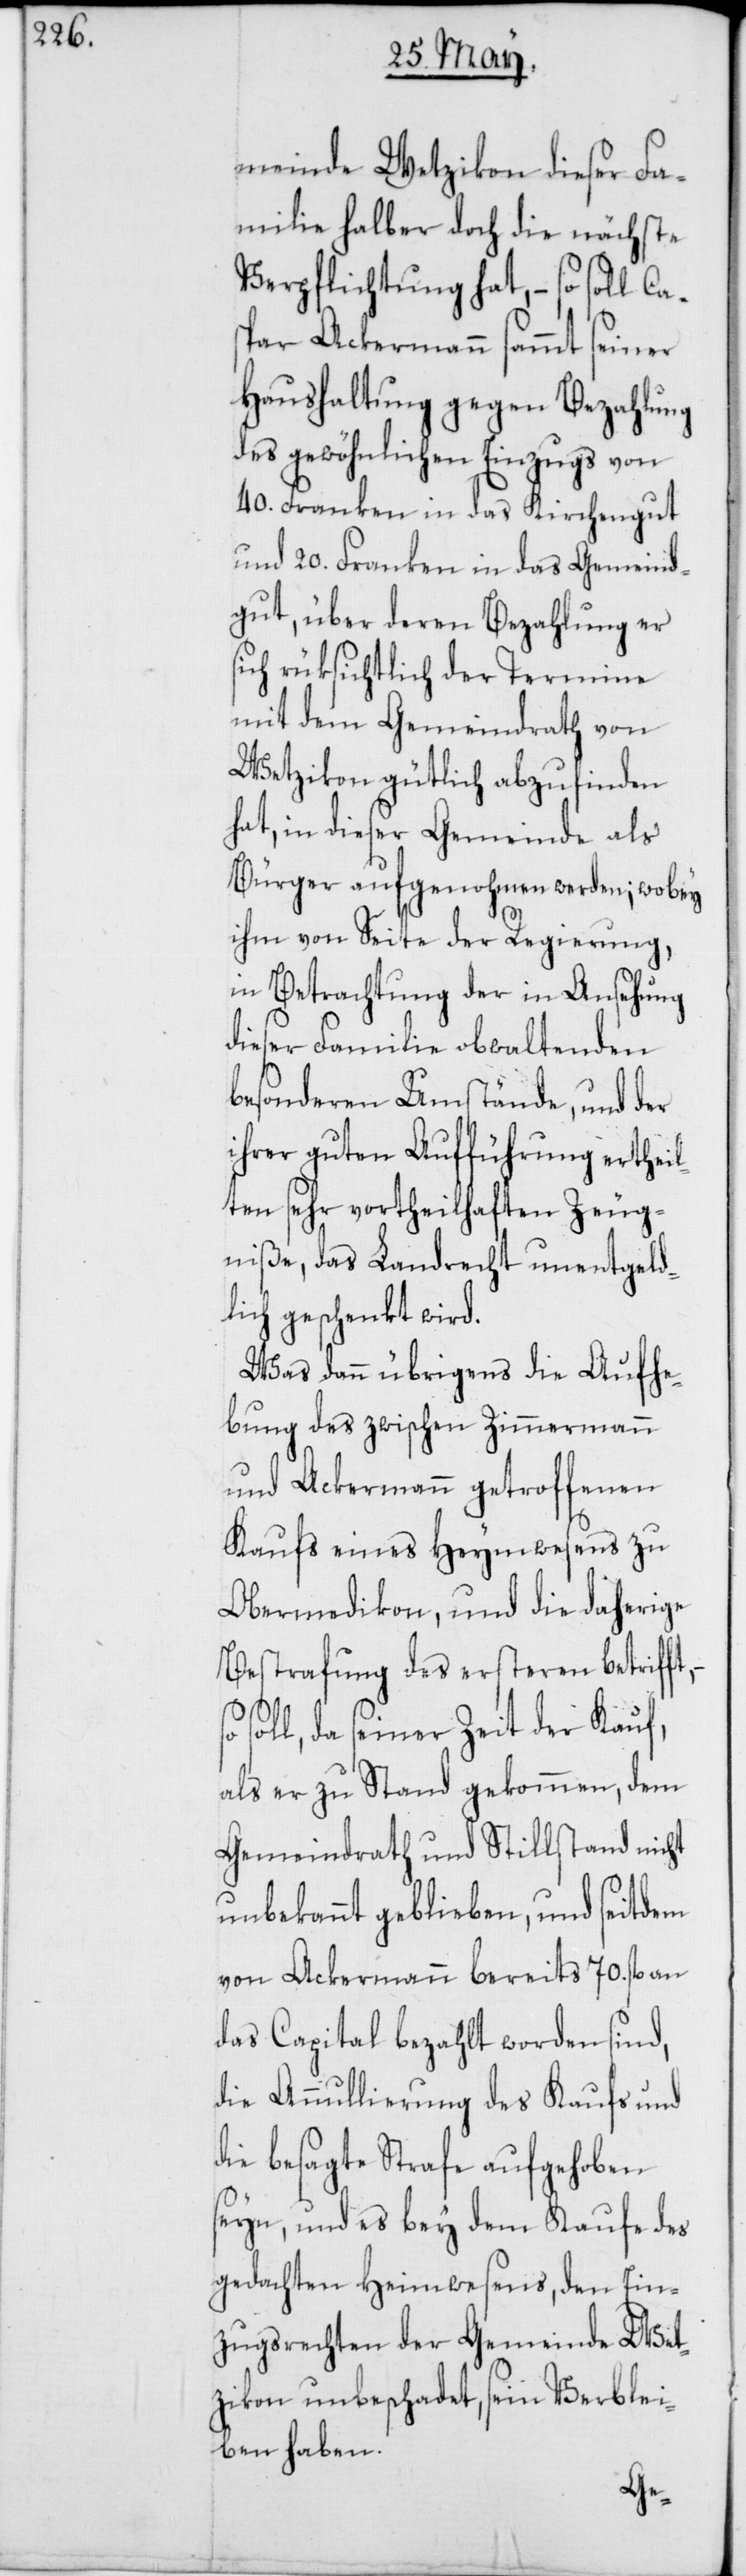
meinde Wetzikon dieser Fa¬
milie halber doch die nächste
Verpflichtung hat, – so soll
Haushaltung gegen Bezahlung
des gewöhnlichen Einzugs von
40. Franken in das Kirchengut
und 20. Franken in das Gemeind¬
gut, über deren Bezahlung er
sich rücksichtlich der Termine
mit dem Gemeindrath von
Wetzikon gütlich abzufinden
hat, in dieser Gemeinde als
Bürger aufgenohmen werden; wobey
ihm von Seite der Regierung,
in Betrachtung der in Ansehung
dieser Familie obwaltenden
besonderen Umstände, und der
ihrer guten Aufführung erthei¬
lten sehr vortheilhaften Zeug¬
niße, das Landrecht unentgeld¬
lich geschenkt wird.
Was dann übrigens die Aufhe¬
bung des zwischen Zimmermann
und Ackermann getroffenen
Kaufs eines Heimwesens zu
Obermedikon, und die daherige
Bestrafung des ersteren betrifft,
soll, da seiner Zeit der Kauf,
als er zustande gekommen, dem
Gemeindrath und Stillstand nicht
unbekannt geblieben, und seitdem
von Ackermann bereits 70. fl. an
das Capital bezahlt worden sind,
die Annullierung des Kaufs und
die besagte Strafe aufgehoben
seyn, und es bey dem Kaufe des
gedachten Heimwesens, den Ein¬
zugsrechten der Gemeinde Wet¬
zikon unbeschadet, sein Verblei¬
ben haben.